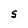
Character: S